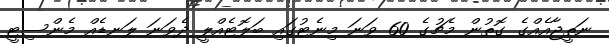
ނަތީޖާއެއްގެ ގޮތުން މެޗުގެ 60 ވަނަ މިނެޓުގައި ބަލޮޓެއްލީ ދެވަނަ ލަނޑެއް މެންސިޓީ